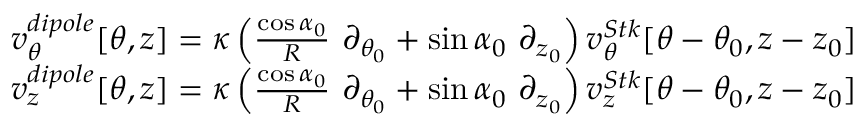
\begin{array} { r } { v _ { \theta } ^ { d i p o l e } [ \theta , z ] = \kappa \left( \frac { \cos \alpha _ { 0 } } { R } ~ \partial _ { \theta _ { 0 } } + \sin \alpha _ { 0 } ~ \partial _ { z _ { 0 } } \right) v _ { \theta } ^ { S t k } [ \theta - \theta _ { 0 } , z - z _ { 0 } ] } \\ { v _ { z } ^ { d i p o l e } [ \theta , z ] = \kappa \left( \frac { \cos \alpha _ { 0 } } { R } ~ \partial _ { \theta _ { 0 } } + \sin \alpha _ { 0 } ~ \partial _ { z _ { 0 } } \right) v _ { z } ^ { S t k } [ \theta - \theta _ { 0 } , z - z _ { 0 } ] } \end{array}